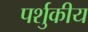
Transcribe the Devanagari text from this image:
पर्शुकीय